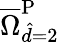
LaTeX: \overline{{\Omega}}_{\hat{d}=2}^{\mathrm{{P}}}